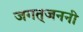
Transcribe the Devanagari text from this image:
जगत्‌जननी